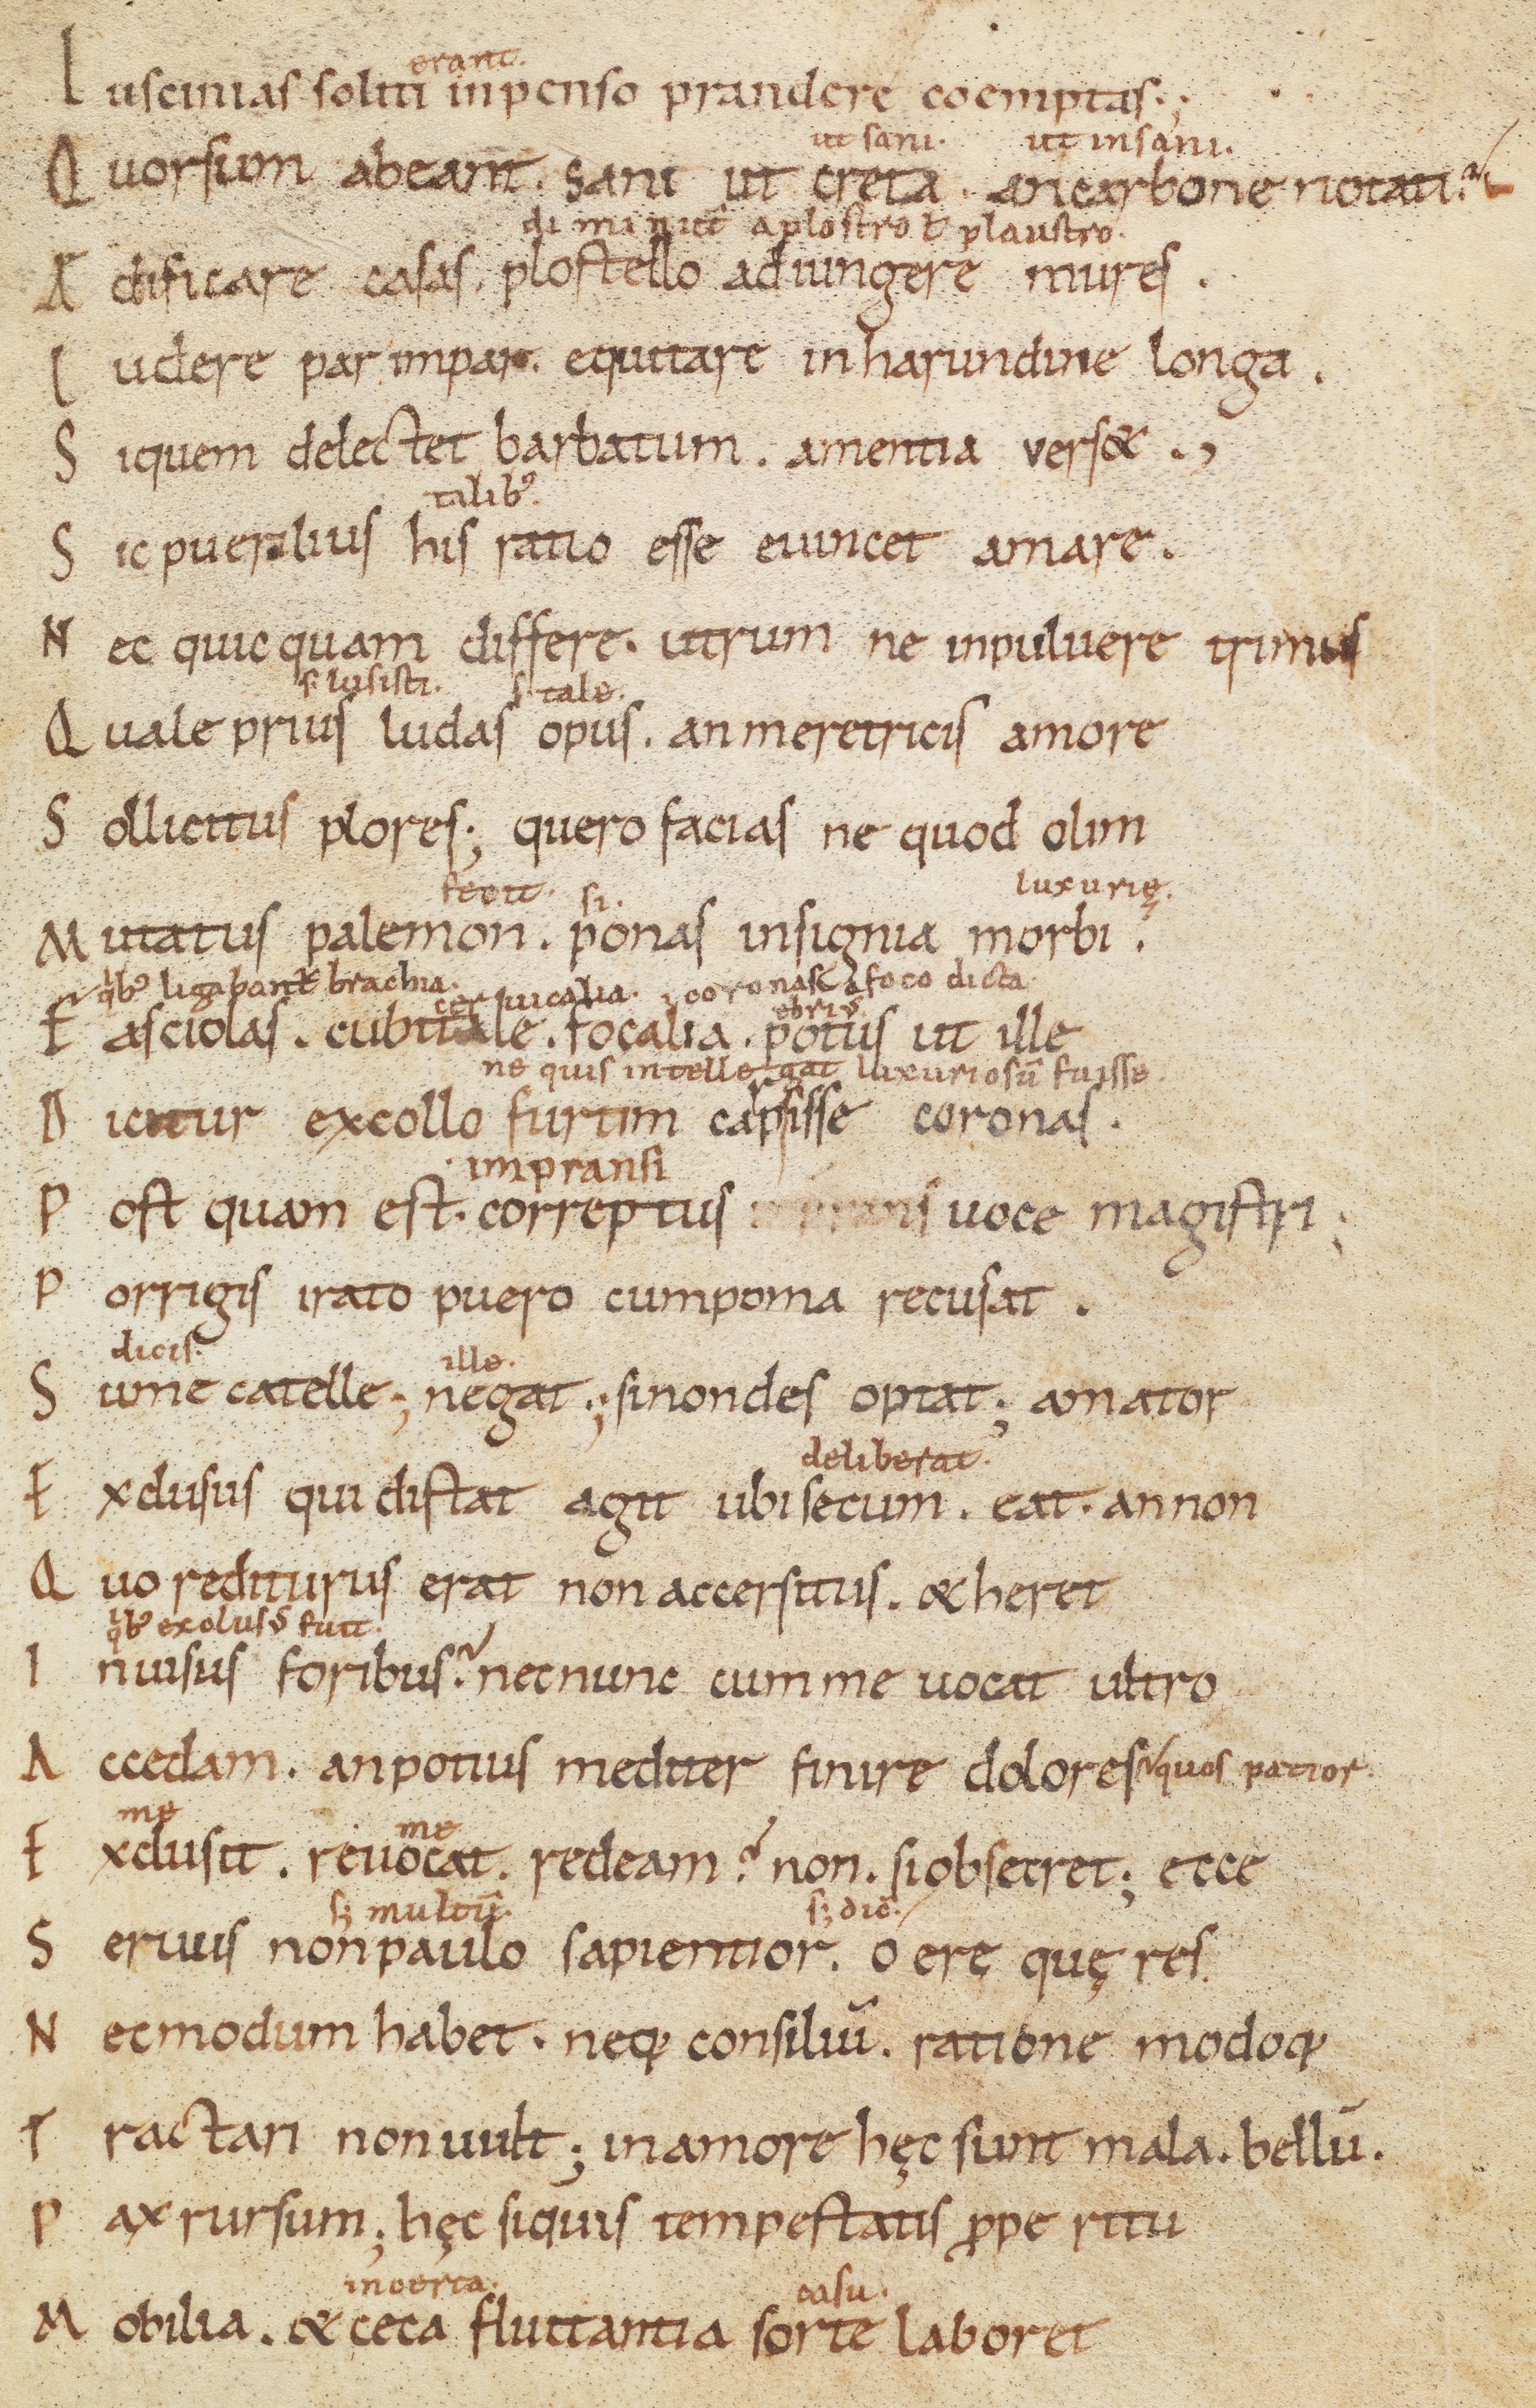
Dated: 900–999